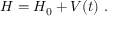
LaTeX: H = H _ { 0 } + V ( t ) ~ .